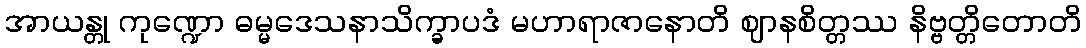
အာယန္တု ကုဏ္ဍော ဓမ္မဒေသနာသိက္ခာပဒံ မဟာရာဇာနောတိ ဈာနစိတ္တဿ နိဗ္ဗတ္တိတောတိ